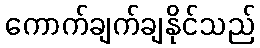
ကောက်ချက်ချနိုင်သည်